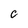
Character: C